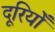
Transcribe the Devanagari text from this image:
दूरियोँ